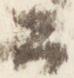
公